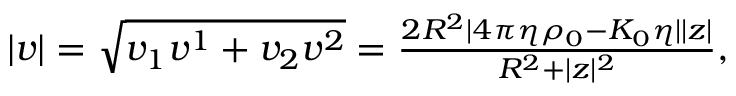
\begin{array} { r } { | v | = \sqrt { v _ { 1 } v ^ { 1 } + v _ { 2 } v ^ { 2 } } = \frac { 2 R ^ { 2 } | 4 \pi \eta \rho _ { 0 } - K _ { 0 } \eta | | z | } { R ^ { 2 } + | z | ^ { 2 } } , } \end{array}